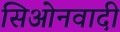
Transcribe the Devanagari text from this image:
सिओनवादी